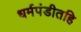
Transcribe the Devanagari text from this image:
धर्मपंडीतहि